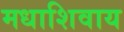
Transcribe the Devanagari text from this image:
मधाशिवाय